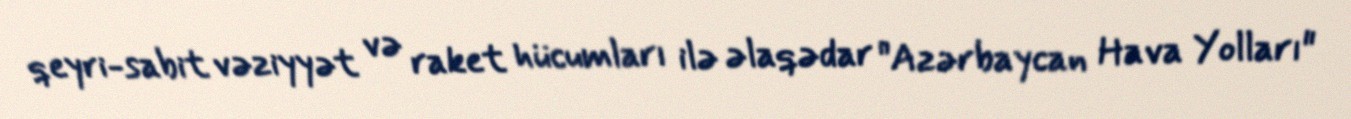
qeyri-sabit vəziyyət və raket hücumları ilə əlaqədar "Azərbaycan Hava Yolları"